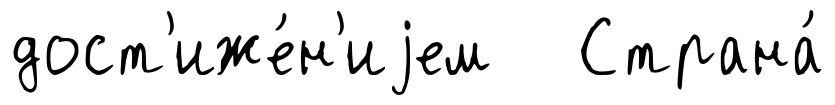
дост'иже́н'иjем Страна́